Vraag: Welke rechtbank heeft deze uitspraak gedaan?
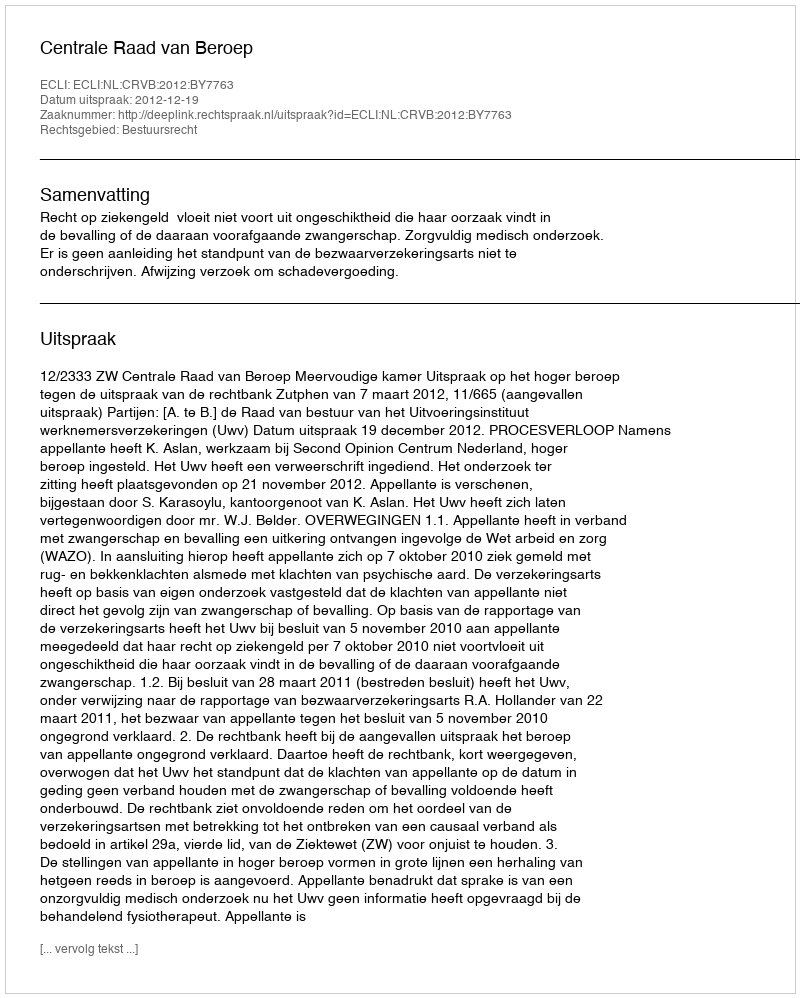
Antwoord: Centrale Raad van Beroep